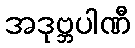
အဒုဗ္ဘပါဏီ